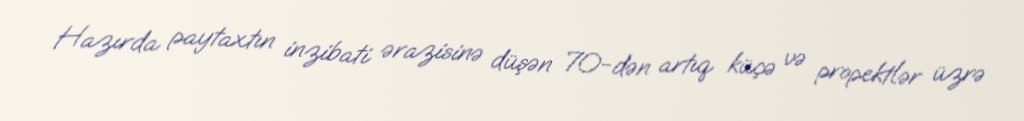
Hazırda paytaxtın inzibati ərazisinə düşən 70-dən artıq küçə və propektlər üzrə